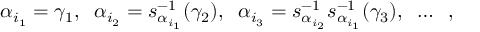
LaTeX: \alpha _ { i _ { 1 } } = \gamma _ { 1 } , \; \; \alpha _ { i _ { 2 } } = s _ { \alpha _ { i _ { 1 } } } ^ { - 1 } ( \gamma _ { 2 } ) , \; \; \alpha _ { i _ { 3 } } = s _ { \alpha _ { i _ { 2 } } } ^ { - 1 } s _ { \alpha _ { i _ { 1 } } } ^ { - 1 } ( \gamma _ { 3 } ) , \; \; \ldots \; \; ,